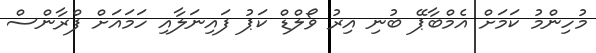
މުހިންމު ކަމަށް އެމްބާޕޭ ބުނި އިރު ވޯލްޑް ކަޕު ފައިނަލާއި ހަމައަށް ފްރާންސް